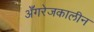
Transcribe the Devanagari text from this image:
अँगरेजकालीन